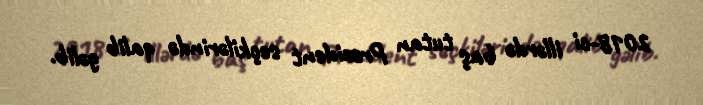
2018-ci illərdə baş tutan Prezident seçkilərində qalib gəlib.